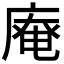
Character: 𢊊